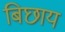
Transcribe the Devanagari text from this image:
बिछाय